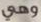
وهي